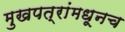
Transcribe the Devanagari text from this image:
मुखपत्रांमधूनच